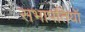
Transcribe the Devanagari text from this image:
सभापतियॉ